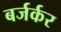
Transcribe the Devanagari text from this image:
बर्जर्कर